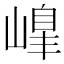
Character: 𡻇